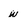
Character: w